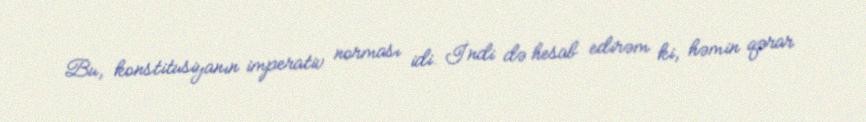
Bu, konstitusiyanın imperativ norması idi. İndi də hesab edirəm ki, həmin qərar